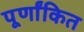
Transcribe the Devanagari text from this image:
पूर्णांकित